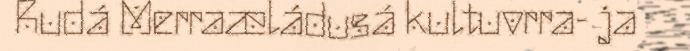
Rudá Merraæládusá kultuvrra- ja